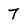
Character: 7